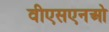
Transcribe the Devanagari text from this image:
वीएसएनओ